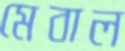
মেবাল